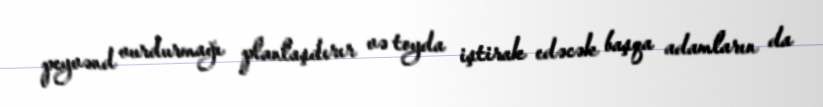
peyvənd vurdurmağı planlaşdırır və toyda iştirak edəcək başqa adamların da